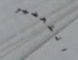
التحضير